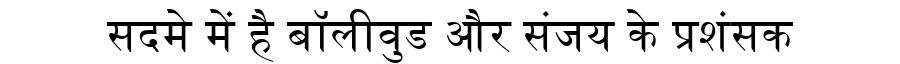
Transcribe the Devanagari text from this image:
सदमे में है बॉलीवुड और संजय के प्रशंसक